Papers set at the Examination for Leaving Certificates, 1892
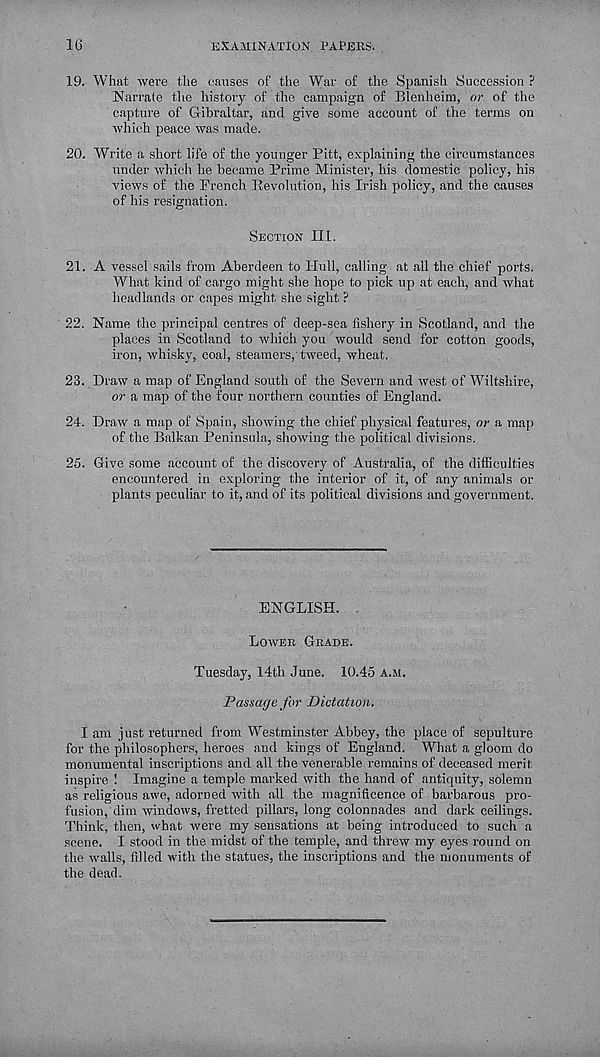
16
EXAMINATION PAPERS.
19. What were the causes of the War of the Spanish Succession ?
Narrate the history of the campaign of Blenheim, or of the
capture of Gibraltar, and give some account of the terms on
which peace was made.
20. Write a short life of the younger Pitt, explaining the circumstances
under which he became Prime Minister, his domestic policy, his
views of the French Revolution, his Irish policy, and the causes
of his resignation.
SECTION 111.
21. A vessel sails from Aberdeen to Hull, calling at all the chief ports.
What kind of cargo might she hope to pick up at each, and what
headlands or capes might she sight ?
22. Name the principal centres of deep-sea fishery in Scotland, and the
places in Scotland to which you would send for cotton goods,
iron, whisky, coal, steamers,'tweed, wheat.
23. Draw a map of England south of the Severn and west of Wiltshire,
or a map of the four northern counties of England.
24. Draw a map of Spain, showing the chief physical features, or a map
of the Balkan Peninsula, showing the political divisions.
25. Give some account of the discovery of Australia, of the difficulties
encountered in exploring the interior of it, of any animals or
plants peculiar to it, and of its political divisions and government.
ENGLISH. .
LOWER GRADE.
Tuesday, 14th June. 10.45 A.M.
Passage for Dictation.
I am just returned from Westminster Abbey, the place of sepulture
for the philosophers, heroes and kings of England. What a gloom do
monumental inscriptions and all the venerable remains of deceased merit
inspire ! Imagine a temple marked with the hand of antiquity, solemn
as religious awe, adorned with all the magnificence of barbarous pro-
fusion, dim windows, fretted pillars, long colonnades and dark ceilings.
Think, then, what were my sensations at being introduced to such a
scene. I stood in the midst of the temple, and threw my eyes round on
the walls, filled with the statues, the inscriptions and the monuments of
the dead.